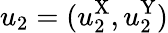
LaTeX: u_{2}=(u_{2}^{\mathrm{X}},u_{2}^{\mathrm{Y}})